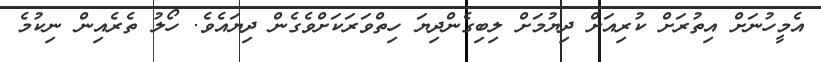
އެމީހުނަށް އިތުރަށް ކުރިއަށް ދިޔުމަށް ލިބިގެންދިޔަ ހިތްވަރަކަށްވެގެން ދިޔައެވެ. ހޯލު ތެރެއިން ނިކުމެ